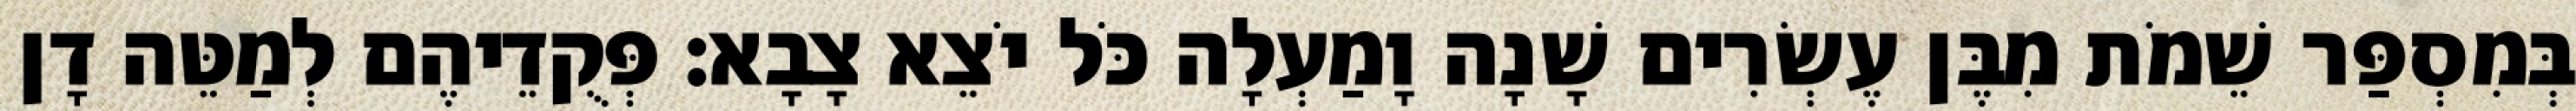
בְּמִסְפַּר שֵׁמֹת מִבֶּן עֶשְׂרִים שָׁנָה וָמַעְלָה כֹּל יֹצֵא צָבָא׃ פְּקֻדֵיהֶם לְמַטֵּה דָן